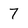
Character: 7